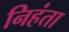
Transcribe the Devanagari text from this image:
निहंता